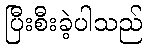
ပြီးစီးခဲ့ပါသည်